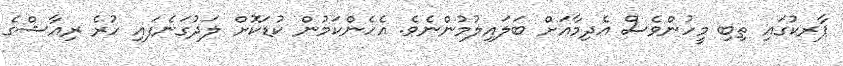
ޕާރކުގައި ތިބި މީހުންވެސް އެދިމާއަށް ބަލައިލުމުންނެވެ. އެހެންކަމުން ކުޑަކޮށް ލަދުގަނެފައި ހުރެ ރިއާޝްގެ